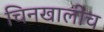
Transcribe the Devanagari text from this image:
चिनखालीच